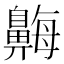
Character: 𪖫